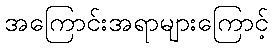
အကြောင်းအရာများကြောင့်